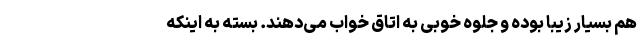
هم بسیار زیبا بوده و جلوه خوبی به اتاق خواب می‌دهند. بسته به اینکه